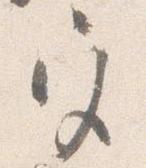
宮